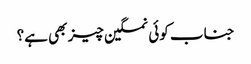
جناب کوئی نمکین چیز بھی ہے؟